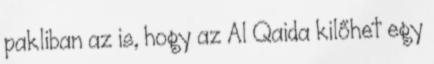
pakliban az is, hogy az Al Qaida kilőhet egy